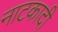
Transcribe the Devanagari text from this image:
नाटकादी